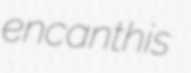
encanthis